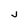
Character: j